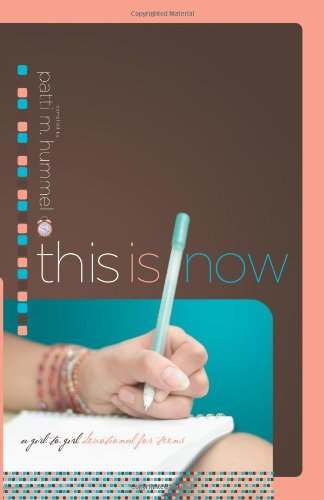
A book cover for This Is Now: A Girl-to-Girl Devotional for Teens; Christian Books & Bibles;